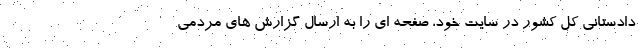
دادستانی کل کشور در سایت خود، صفحه ای را به ارسال گزارش های مردمی